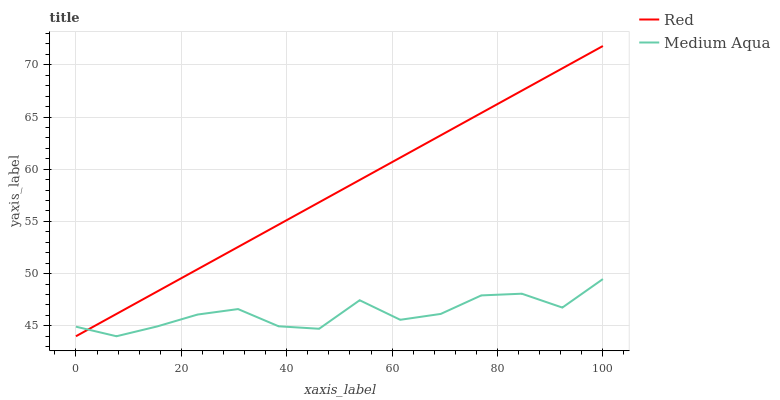
| xaxis_label | Red | Medium Aqua |
 | --- | --- | --- |
 | 0 | 44 | 44.9 |
 | 7.69 | 46.1 | 44 |
 | 15.4 | 48.3 | 44.9 |
 | 23.1 | 50.4 | 46.1 |
 | 30.8 | 52.6 | 46.6 |
 | 38.5 | 54.7 | 45 |
 | 46.2 | 56.8 | 44.7 |
 | 53.8 | 59 | 47.4 |
 | 61.5 | 61.1 | 45.6 |
 | 69.2 | 63.2 | 46.1 |
 | 76.9 | 65.4 | 47.9 |
 | 84.6 | 67.5 | 48.1 |
 | 92.3 | 69.7 | 46.7 |
 | 100 | 71.8 | 49.5 |